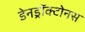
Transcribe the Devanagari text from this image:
डेनड्रॉक्टोनस